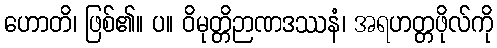
ဟောတိ၊ ဖြစ်၏။ ပ။ ဝိမုတ္တိဉာဏဒဿနံ၊ အရဟတ္တဖိုလ်ကို